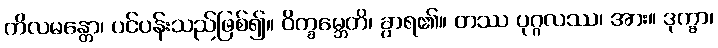
ကိလမန္တော၊ ပင်ပန်းသည်ဖြစ်၍။ ဝိက္ခမ္ဘေတိ၊ ခွာရ၏။ တဿ ပုဂ္ဂလဿ၊ အား။ ဒုက္ခာ၊